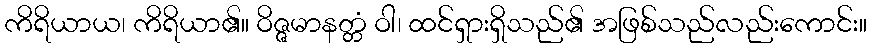
ကိရိယာယ၊ ကိရိယာ၏။ ဝိဇ္ဇမာနတ္တံ ဝါ၊ ထင်ရှားရှိသည်၏ အဖြစ်သည်လည်းကောင်း။